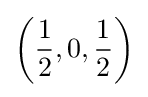
\left({\frac {1}{2}},0,{\frac {1}{2}}\right)